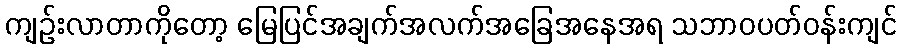
ကျဉ်းလာတာကိုတော့ မြေပြင်အချက်အလက်အခြေအနေအရ သဘာဝပတ်ဝန်းကျင်